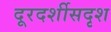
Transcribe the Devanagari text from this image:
दूरदर्शीसदृश